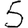
Digit: 5